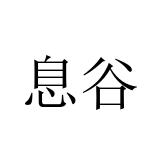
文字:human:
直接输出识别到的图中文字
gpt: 息谷